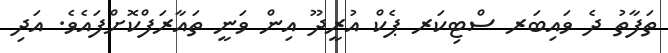
ތަފާތު ދެ ވައިބަރ ސްޓިކަރ ޕެކް އުރީދޫ އިން ވަނީ ތައާރަފްކޮށްފައެވެ. އަދި